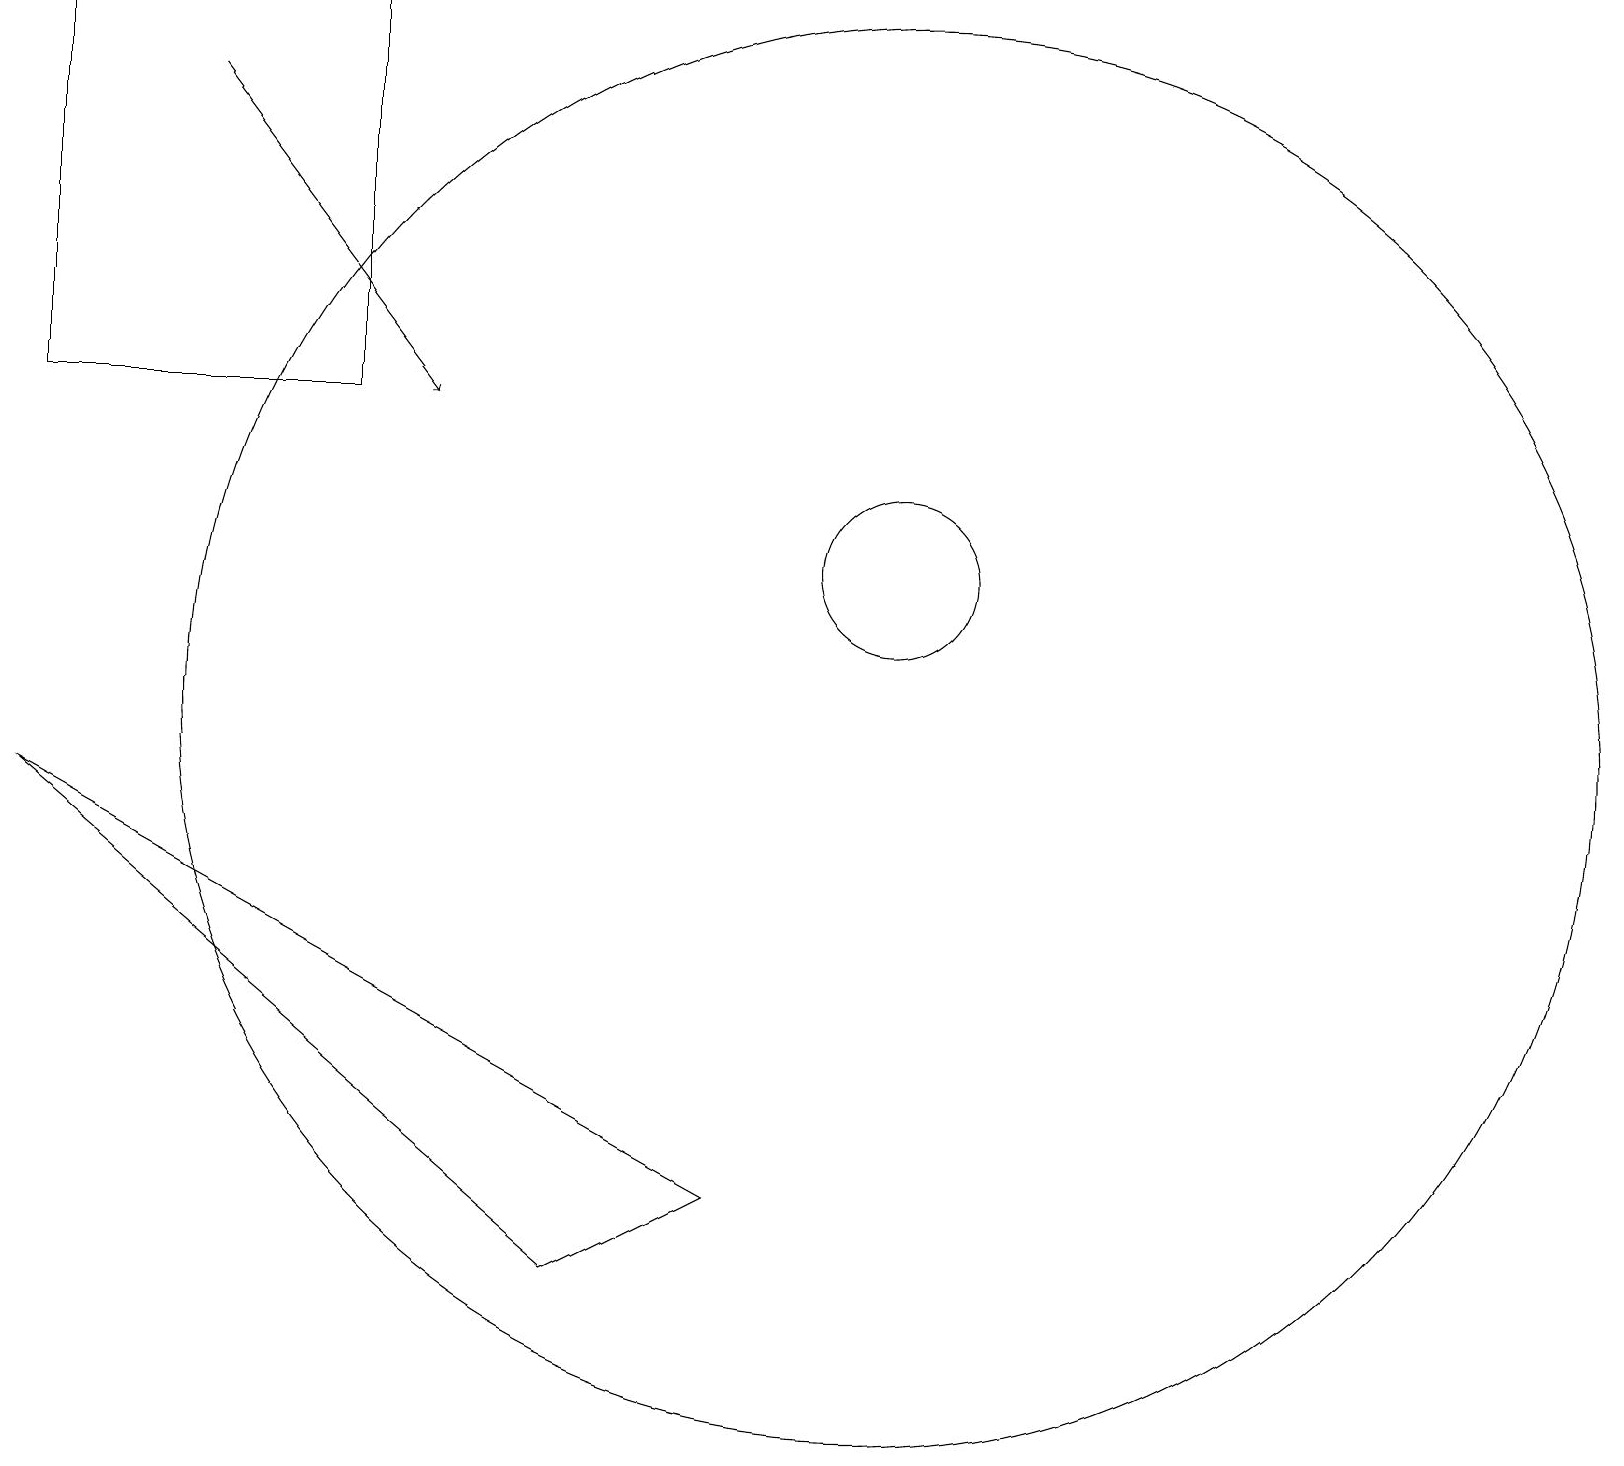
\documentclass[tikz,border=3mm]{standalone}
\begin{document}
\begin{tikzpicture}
\draw (0,14) rectangle (4,19);
\draw (0,9) -- (7,3) -- (9,4) -- cycle;
\draw (11,12) circle (1);
\draw[->] (2,18) -- (5,14);
\draw (11,10) circle (9);
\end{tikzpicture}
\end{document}